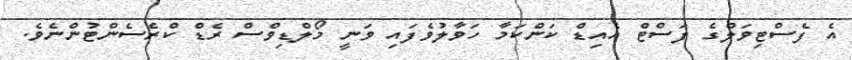
އެ ފެސްޓިވަލްގެ ފަސްޓް އެއިޑް ކަންކަމާ ހަވާލުވެފައި ވަނީ މޯލްޑިވްސް ރެޑް ކްރެސެންޓުންނެވެ.